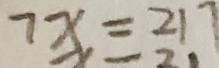
7 x = 2 1 7